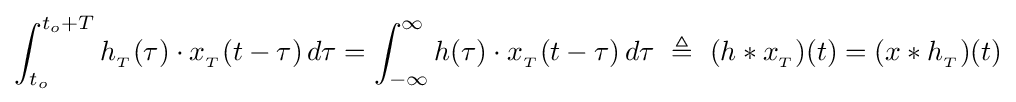
\int _{t_{o}}^{t_{o}+T}h_{_{T}}(\tau )\cdot x_{_{T}}(t-\tau )\,d\tau =\int _{-\infty }^{\infty }h(\tau )\cdot x_{_{T}}(t-\tau )\,d\tau \ \triangleq \ (h*x_{_{T}})(t)=(x*h_{_{T}})(t)